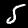
Label: 5